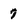
Character: 7